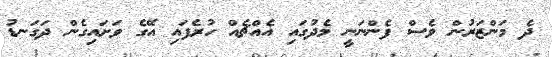
ދެ މަންޒަރުން ވެސް ފެންނަނީ މެދުގައި އެއްޗެއް ހުރެފައި އޭގެ ވަށައިގެން ދަގަނޑު